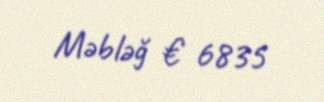
Məbləğ € 6835